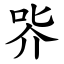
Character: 㖎